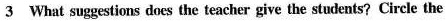
3 What suggestions does the teacher give the students? Circle the